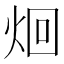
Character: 𮳦